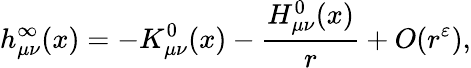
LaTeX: h_{\mu\nu}^{\infty}(x)=-K_{\mu\nu}^{0}(x)-\frac{H_{\mu\nu}^{0}(x)}{r}+O(r^{\varepsilon}),